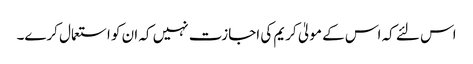
اس لئے کہ اس کے مولیٰ کریم کی اجازت نہیں کہ ان کو استعمال کرے۔